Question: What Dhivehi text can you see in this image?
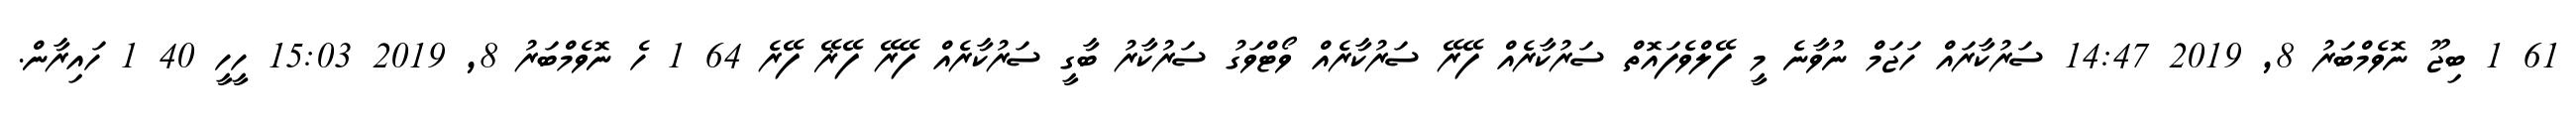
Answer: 61 1 ބިޖޫ ނޮވެމްބަރު 8, 2019 14:47 ސަރުކާރައް ހަޖަމް ނުވާނެ މީ ފޭލްވެފައޮތް ސަރުކާރެއް ފޭރޭ ސަރުކާރެއް ވޯޓްވަގު ސަރުކާރު ބާގީ ސަރުކާރެއް ފޭރޭ ފޭޜޭ ފޭރެ 64 1 ހެ ނޮވެމްބަރު 8, 2019 15:03 ހީހީ 40 1 ހައިރާން.